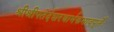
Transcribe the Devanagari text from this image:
श्रीश्रीपतेर्दशरथार्भकभावपूर्तेः